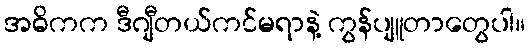
အဓိကက ဒီဂျီတယ်ကင်မရာနဲ့ ကွန်ပျူတာတွေပါ။